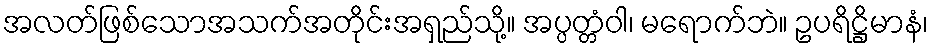
အလတ်ဖြစ်သောအသက်အတိုင်းအရှည်သို့။ အပ္ပတ္တံဝါ၊ မရောက်ဘဲ။ ဥပရိဋ္ဌိမာနံ၊